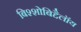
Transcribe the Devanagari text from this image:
बिश्शोबिद्दैलॉय